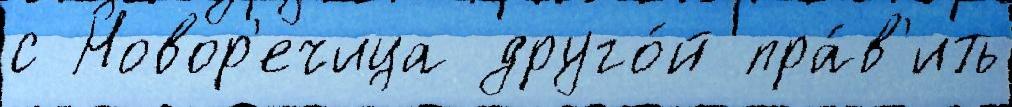
с Новор'ечица друго́й пра́в'ить